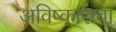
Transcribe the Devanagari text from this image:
अविष्काराचा